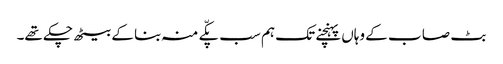
بٹ صا ب کے وہاں پہنچنے تک ہم سب پکّے منہ بنا کے بیٹھ چکے تھے۔